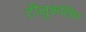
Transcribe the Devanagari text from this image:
टीलुकसिंघ